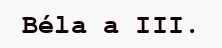
Béla a III.